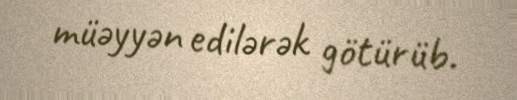
müəyyən edilərək götürüb.